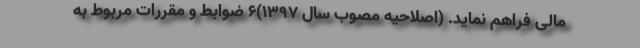
مالی فراهم نماید. (اصلاحیه مصوب سال ۱۳۹۷)۶ ضوابط و مقررات مربوط به